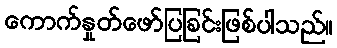
ကောက်နှုတ်ဖော်ပြခြင်းဖြစ်ပါသည်။